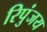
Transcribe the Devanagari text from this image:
रिपुंजय